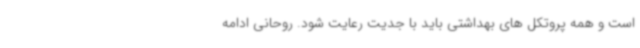
است و همه پروتکل های بهداشتی باید با جدیت رعایت شود. روحانی ادامه